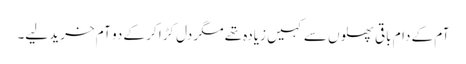
آم کے دام باقی پھلوں سے کہیں زیادہ تھے مگر دل کڑا کر کے دو آم خرید لیے۔